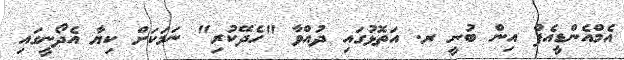
އެމްއެންޑީއެފް އިން ބުނީ ރ. އަތޮޅުގައި ދުއްވާ "ހެދޭކުރި" ނަމަކަށް ކިޔާ އެދޯނީގައި